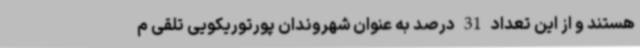
هستند و از این تعداد 31 درصد به عنوان شهروندان پورتوریکویی تلقی م